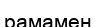
рамамен